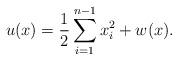
LaTeX: \begin{align*}u(x)=\frac12\sum_{i=1}^{n-1}x_i^2+w(x).\end{align*}